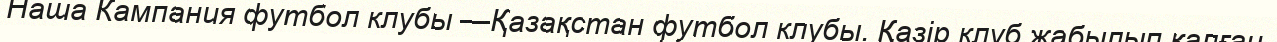
Наша Кампания футбол клубы —Қазақстан футбол клубы. Қазір клуб жабылып қалған.